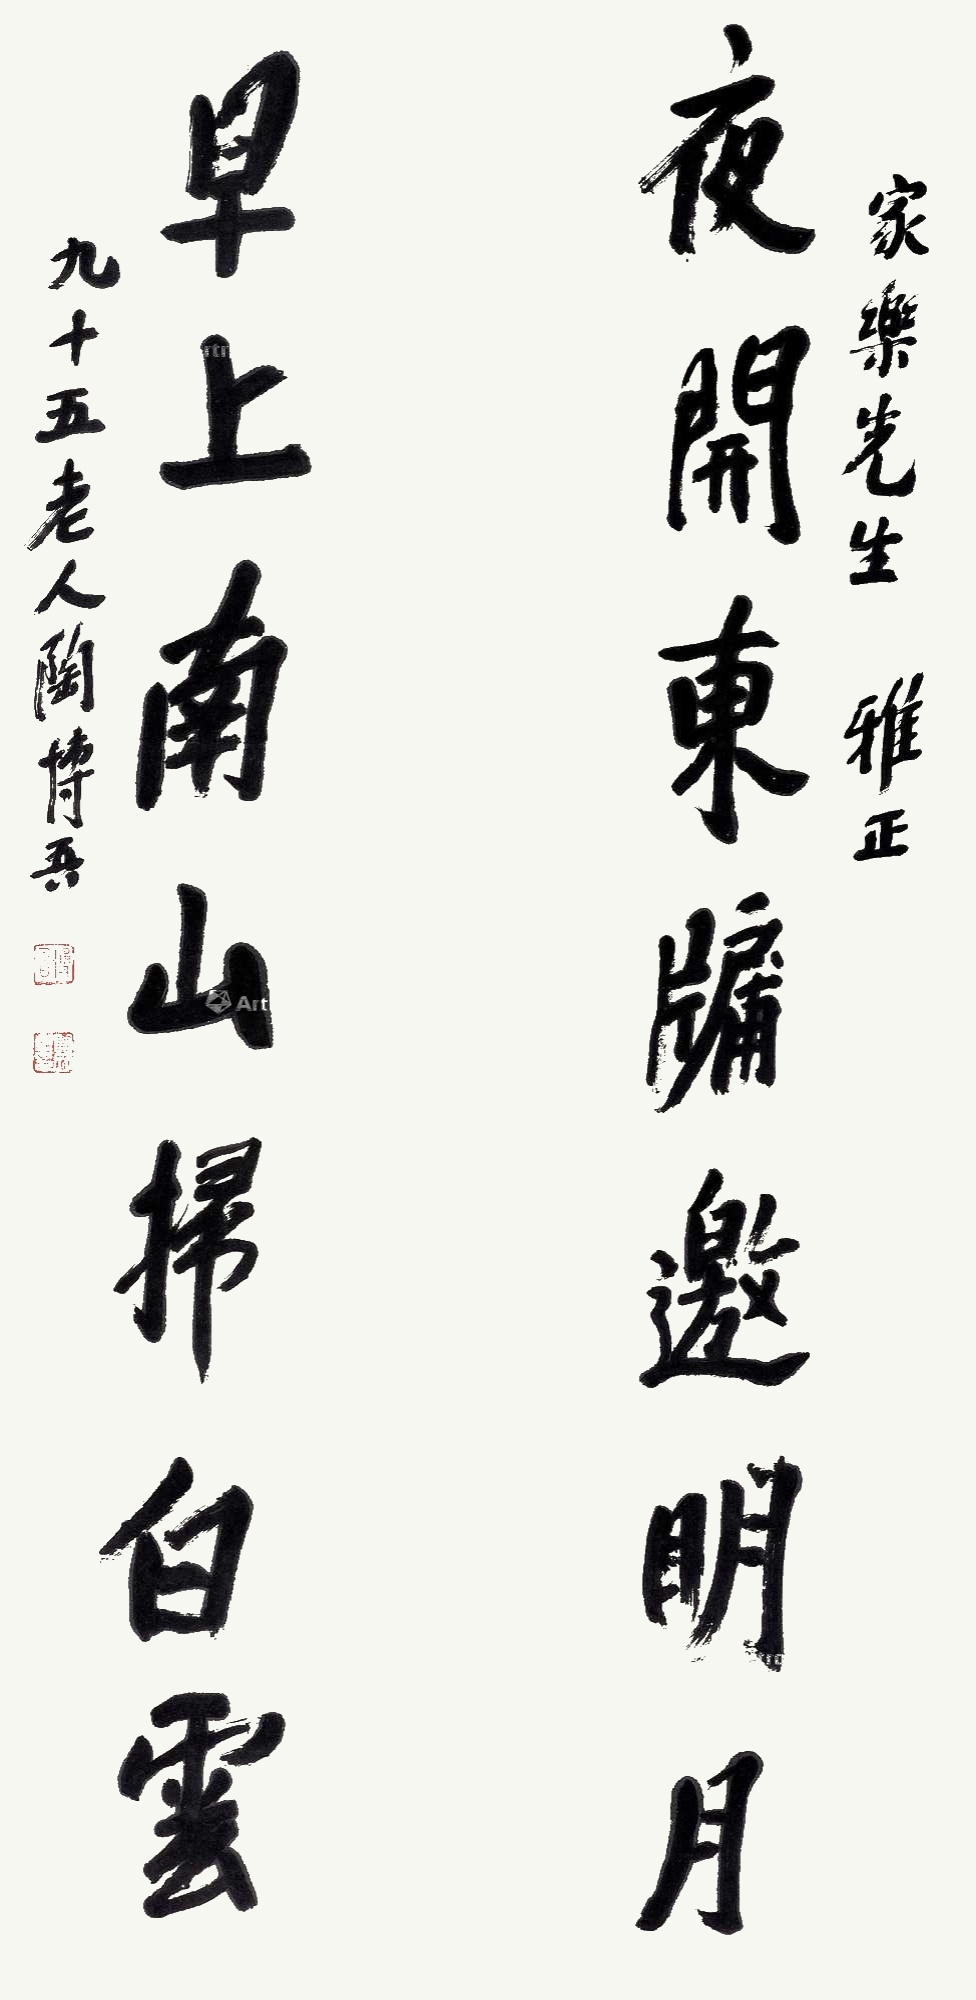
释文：夜开东牖邀明月，早上南山扫白云家乐先生雅正，九十五老人陶博吾